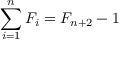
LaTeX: \sum _ { i = 1 } ^ { n } F _ { i } = F _ { n + 2 } - 1